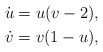
\begin{align*}\dot u &= u(v-2), \\\dot v &= v(1-u),\end{align*}